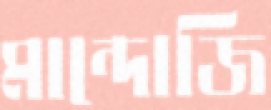
মান্দোজি